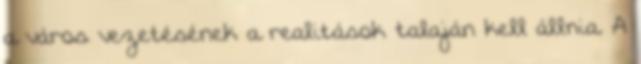
a város vezetésének a realitások talaján kell állnia. A